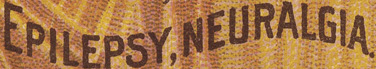
EPILEPSY,NEURALGIA.